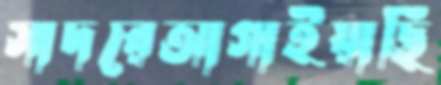
সাদরেআগাইয়াছি